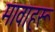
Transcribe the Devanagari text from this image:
मावाहरू